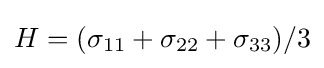
H=(\sigma _{11}+\sigma _{22}+\sigma _{33})/3